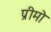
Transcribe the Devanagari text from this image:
प्रीमो